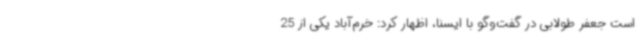
است جعفر طولابی در گفت‌وگو با ایسنا، اظهار کرد: خرم‌آباد یکی از 25